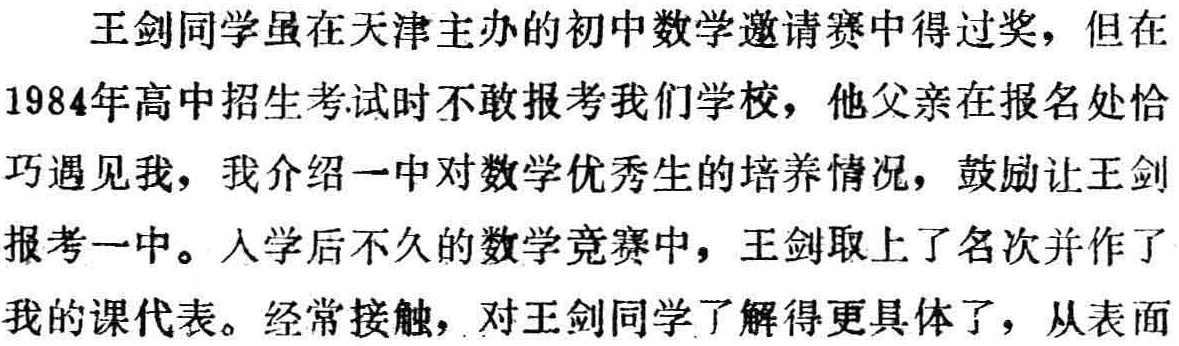
王剑同学虽在天津主办的初中数学邀请赛中得过奖，但在1984年高中招生考试时不敢报考我们学校，他父亲在报名处恰巧遇见我，我介绍一中对数学优秀生的培养情况，鼓励让王剑报考一中。入学后不久的数学竞赛中，王剑取上了名次并作了我的课代表。经常接触，对王剑同学了解得更具体了，从表面